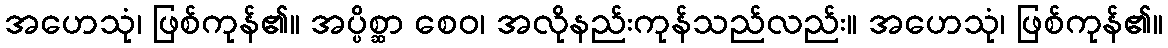
အဟေသုံ၊ ဖြစ်ကုန်၏။ အပ္ပိစ္ဆာ စေဝ၊ အလိုနည်းကုန်သည်လည်း။ အဟေသုံ၊ ဖြစ်ကုန်၏။